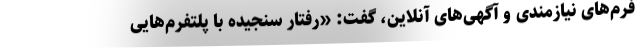
فرم‌های نیازمندی و آگهی‌های آنلاین، گفت: «رفتار سنجیده با پلتفرم‌هایی